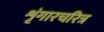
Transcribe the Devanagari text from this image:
शृंगारचरित्र